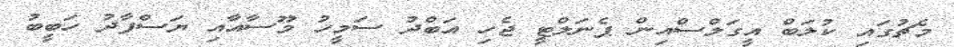
މެޗުގައި ކުލަބް އީގަލްސްއިން ޕެނަލްޓީ ޖެހި އަބްދު ސަމީހު މޫސާއާއި ޔަސްފާދު ހަބީބު